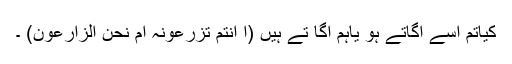
کیاتم اُسے اُگاتے ہو یاہم اُگا تے ہیں (أَ أَنْتُمْ تَزْرَعُونَہُ أَمْ نَحْنُ الزَّارِعُون) ۔